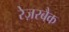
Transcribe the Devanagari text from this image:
रेज़रबैक